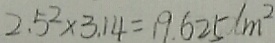
2 . 5 ^ { 2 } \times 3 . 1 4 = 1 9 . 6 2 5 d m ^ { 2 }